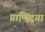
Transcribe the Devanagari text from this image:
प्राणिदया